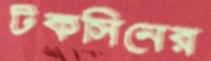
টকসিনের